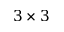
3 \times 3